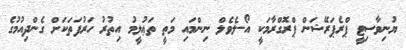
ޔުނިވާސިޓީ ޕްރެޕަރޭޝަން ޕްރޮގްރާމަކީ އޯ-ލެވެލް ނިންމައި މަތީ ތަޢުލީމު އިތުރު ހަރުފަތަކަށް ގެންދިއުމުގެ